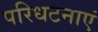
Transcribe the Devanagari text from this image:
परिधटनाएं